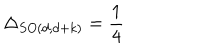
LaTeX: \Delta _ { S O ( d , d + k ) } = \frac { 1 } { 4 }